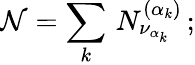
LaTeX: {\cal N}=\sum_{k}\, N_{\nu_{\alpha_{k}}}^{(\alpha_{k})}\, ;